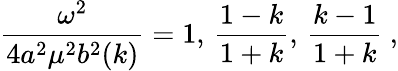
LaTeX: {\frac{\omega^{2}}{4a^{2}\mu^{2}b^{2}(k)}}=1,\, {\frac{1-k}{1+k}},\, {\frac{k-1}{1+k}}~,